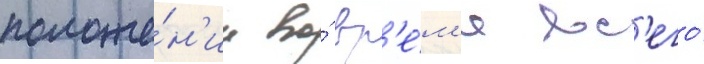
положе́н'ии во́ вр'е́м'я вс'его́